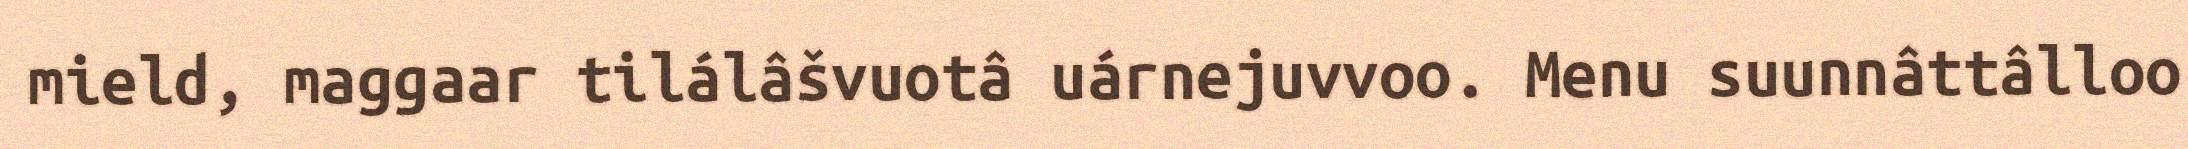
mield, maggaar tilálâšvuotâ uárnejuvvoo. Menu suunnâttâlloo